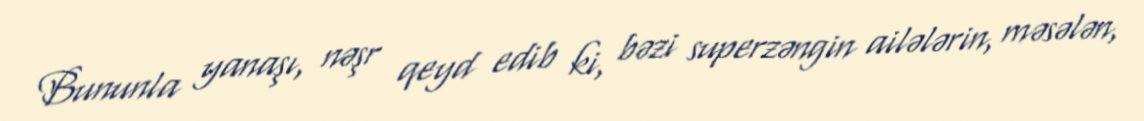
Bununla yanaşı, nəşr qeyd edib ki, bəzi superzəngin ailələrin, məsələn,